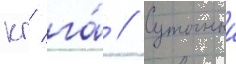
кг/ га́ // Суточныи